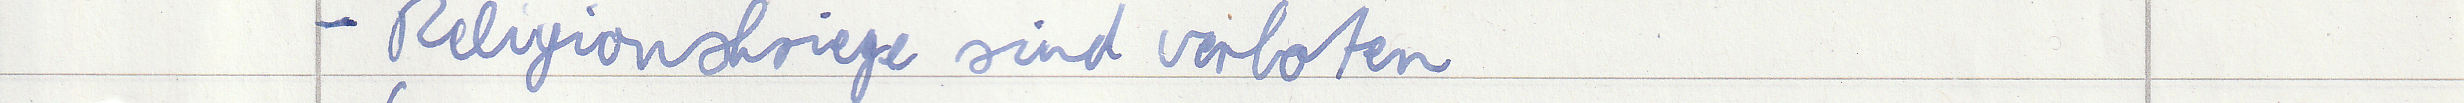
- Religionskriege sind verboten